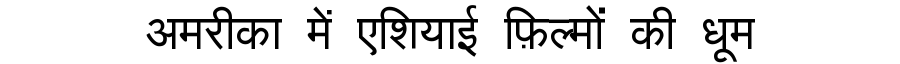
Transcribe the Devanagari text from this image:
अमरीका में एशियाई फ़िल्मों की धूम